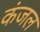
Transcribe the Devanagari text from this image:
कंजल